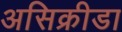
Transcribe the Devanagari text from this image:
असिक्रीडा